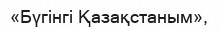
«Бүгінгі Қазақстаным»,